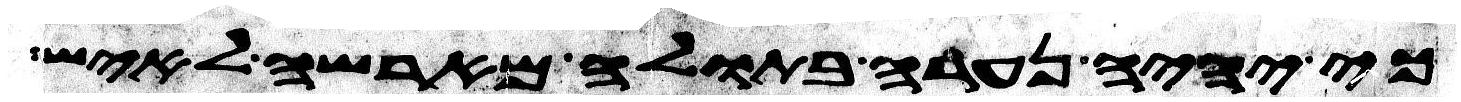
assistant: כי יהיה נערה בתולה מארשה לאיש